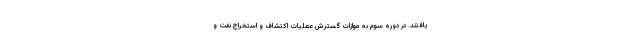
یافتند. در دوره سوم به موازات گسترش عملیات اکتشاف و استخراج نفت و